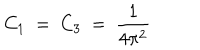
LaTeX: C _ { 1 } \ = \ C _ { 3 } \ = \ \frac { 1 } { 4 \pi ^ { 2 } }